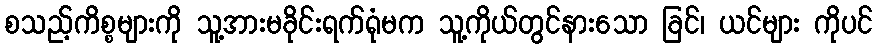
စသည့်ကိစ္စများကို သူ့အားမခိုင်းရက်ရုံမက သူ့ကိုယ်တွင်နားသော ခြင်၊ ယင်များ ကိုပင်